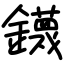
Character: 鑖